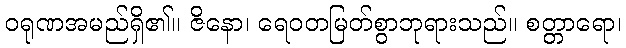
ဝရုဏအမည်ရှိ၏။ ဇိနော၊ ရေဝတမြတ်စွာဘုရားသည်။ စတ္တာရော၊